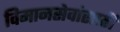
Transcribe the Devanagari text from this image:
विमानसेवांसाठी